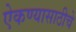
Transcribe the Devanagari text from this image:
ऐकण्यासाठीचे